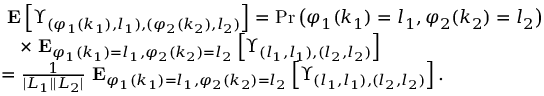
\begin{array} { r l } & { \mathrm { \bf ~ E } \left[ \Upsilon _ { ( \varphi _ { 1 } ( k _ { 1 } ) , l _ { 1 } ) , ( \varphi _ { 2 } ( k _ { 2 } ) , l _ { 2 } ) } \right] = \mathrm { P r } \left( \varphi _ { 1 } ( k _ { 1 } ) = l _ { 1 } , \varphi _ { 2 } ( k _ { 2 } ) = l _ { 2 } \right) } \\ & { \quad \times \mathrm { \bf ~ E } _ { \varphi _ { 1 } ( k _ { 1 } ) = l _ { 1 } , \varphi _ { 2 } ( k _ { 2 } ) = l _ { 2 } } \left[ \Upsilon _ { ( l _ { 1 } , l _ { 1 } ) , ( l _ { 2 } , l _ { 2 } ) } \right] } \\ & { = \frac { 1 } { | { \cal L } _ { 1 } | | { \cal L } _ { 2 } | } \mathrm { \bf ~ E } _ { \varphi _ { 1 } ( k _ { 1 } ) = l _ { 1 } , \varphi _ { 2 } ( k _ { 2 } ) = l _ { 2 } } \left[ \Upsilon _ { ( l _ { 1 } , l _ { 1 } ) , ( l _ { 2 } , l _ { 2 } ) } \right] . } \end{array}